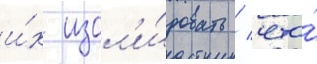
и́х изол'и́ровать / что́